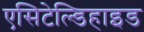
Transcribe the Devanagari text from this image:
एसिटेल्डिहाइड